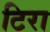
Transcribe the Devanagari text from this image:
टिरा